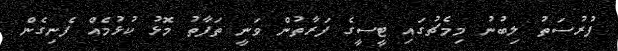
ފުރުސަތު ލިބުނު މިމެޗުގައި ޓީސީގެ ފަރާތުން ވަނީ ތަފާތު މޮޅު ކުޅުމެއް ފެނިގެން